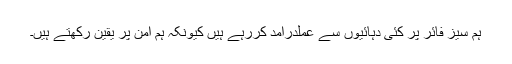
ہم سیز فائر پر کئی دہائیوں سے عملدرآمد کررہے ہیں کیونکہ ہم امن پر یقین رکھتے ہیں۔